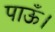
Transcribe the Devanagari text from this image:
पाऊँ।